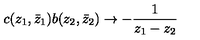
c ( z _ { 1 } , \bar { z } _ { 1 } ) b ( z _ { 2 } , \bar { z } _ { 2 } ) \rightarrow - \frac { 1 } { z _ { 1 } - z _ { 2 } }